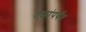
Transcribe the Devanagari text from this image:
तळांपर्यंत